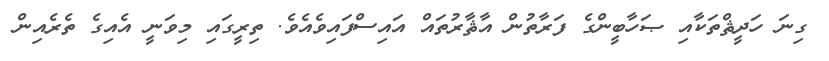
ގިނަ ހަދީޘްތަކާއި ޞަހާބީންގެ ފަރާތުން އާޘާރުތައް އައިސްފައިވެއެވެ. ތިރީގައި މިވަނީ އެއިގެ ތެރެއިން